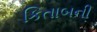
કિતાબની